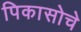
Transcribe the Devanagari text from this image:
पिकासोचे